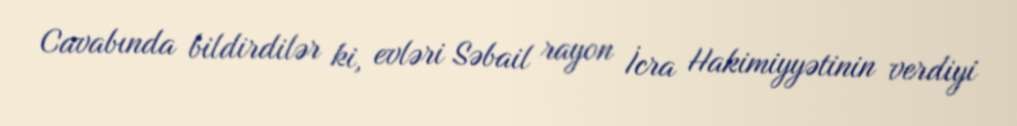
Cavabında bildirdilər ki, evləri Səbail rayon İcra Hakimiyyətinin verdiyi